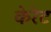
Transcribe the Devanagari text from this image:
केरेट